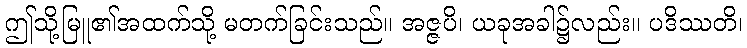
ဤသို့မြူ၏အထက်သို့ မတက်ခြင်းသည်။ အဇ္ဇပိ၊ ယခုအခါ၌လည်း။ ပဒိဿတိ၊